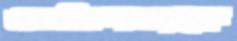
আধিপত্যকে